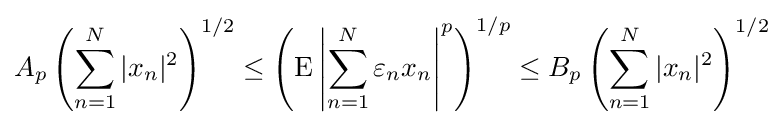
A_{p}\left(\sum _{n=1}^{N}|x_{n}|^{2}\right)^{1/2}\leq \left(\operatorname {E} \left|\sum _{n=1}^{N}\varepsilon _{n}x_{n}\right|^{p}\right)^{1/p}\leq B_{p}\left(\sum _{n=1}^{N}|x_{n}|^{2}\right)^{1/2}